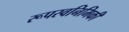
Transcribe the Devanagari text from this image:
रूपस्वनिमिकी